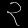
Digit: ၃